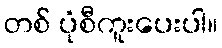
တစ် ပုံစီကူးပေးပါ။